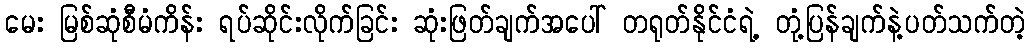
မေး မြစ်ဆုံစီမံကိန်း ရပ်ဆိုင်းလိုက်ခြင်း ဆုံးဖြတ်ချက်အပေါ် တရုတ်နိုင်ငံရဲ့ တုံ့ပြန်ချက်နဲ့ပတ်သက်တဲ့